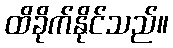
ထိခိုက်နိုင်သည်။